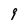
Character: 9